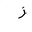
Letter: _zay